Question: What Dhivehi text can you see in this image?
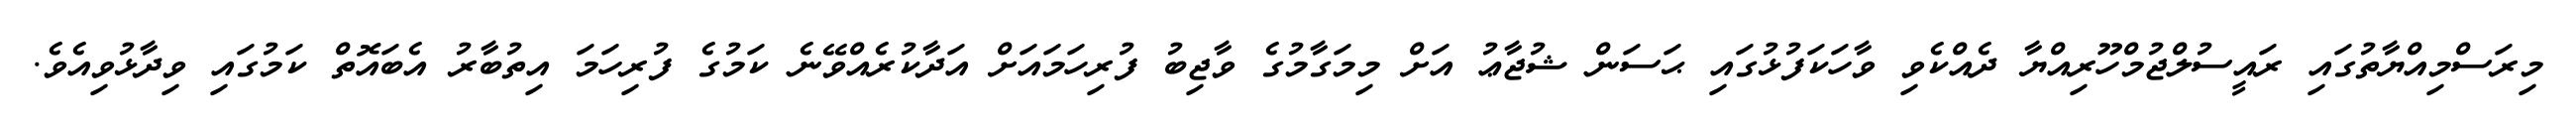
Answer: މިރަސްމިއްޔާތުގައި ރައީސުލްޖުމްހޫރިއްޔާ ދެއްކެވި ވާހަކަފުޅުގައި ޙަސަން ޝުޖާޢު އަށް މިމަގާމުގެ ވާޖިބު ފުރިހަމައަށް އަދާކުރެއްވޭނެ ކަމުގެ ފުރިހަމަ އިތުބާރު އެބައޮތް ކަމުގައި ވިދާޅުވިއެވެ.